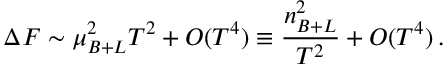
\Delta F \sim \mu _ { B + L } ^ { 2 } T ^ { 2 } + { \cal O } ( T ^ { 4 } ) \equiv \frac { n _ { B + L } ^ { 2 } } { T ^ { 2 } } + { \cal O } ( T ^ { 4 } ) \, .